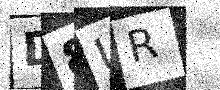
Text: D8UR